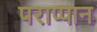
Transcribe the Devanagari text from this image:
पराप्पान